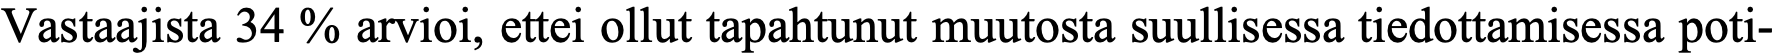
Vastaajista 34 % arvioi, ettei ollut tapahtunut muutosta suullisessa tiedottamisessa poti-